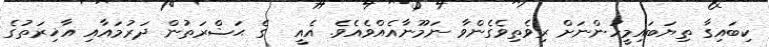
ކިބައިގާ ތިޔަބައިމީހުންނަށް ރިވެތިވެގެންވާ ނަމޫނާއެއްވެއެވެ. އެއީ  ގެ ޙަޟްރަތުން ދަރުމައާއި އާޚިރަތުގެ